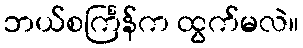
ဘယ်စင်္ကြန်က ထွက်မလဲ။